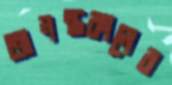
অনন্তকালের